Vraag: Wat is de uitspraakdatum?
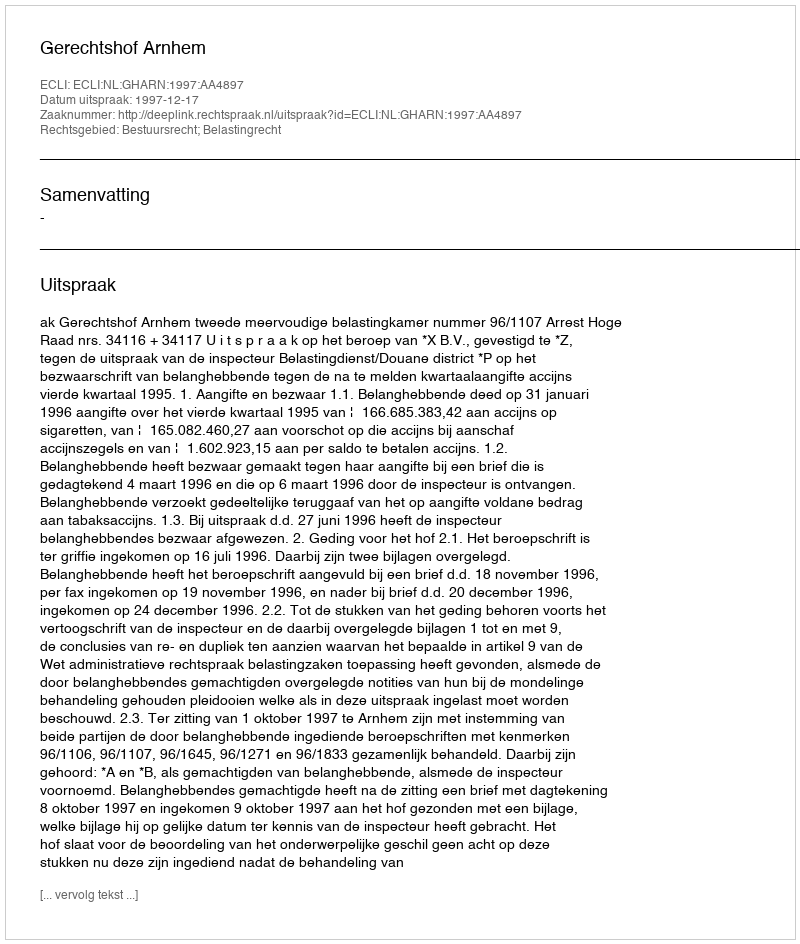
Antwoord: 1997-12-17